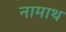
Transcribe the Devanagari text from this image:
नामाथ